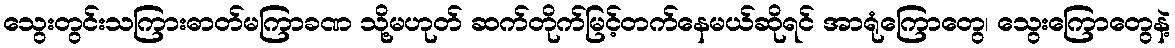
သွေးတွင်းသကြားဓာတ်မကြာခဏ သို့မဟုတ် ဆက်တိုက်မြင့်တက်နေမယ်ဆိုရင် အာရုံကြောတွေ၊ သွေးကြောတွေနဲ့